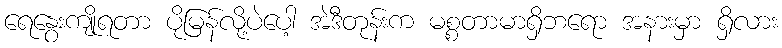
ရေနွေးကျိုရတာ ပိုမြန်လို့ပဲပေါ့ အဲဒီတုန်းက မစ္စတာမာရှိဘရော အနားမှာ ရှိလား